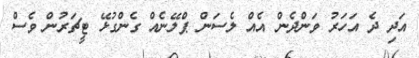
އަދި ދެ އަހަރު ވަންދެން އެއް ލެސަން ޕްލޭނެއް ގެންގުޅޭ ޓީޗަރުން ވެސް